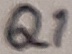
Text: Q1